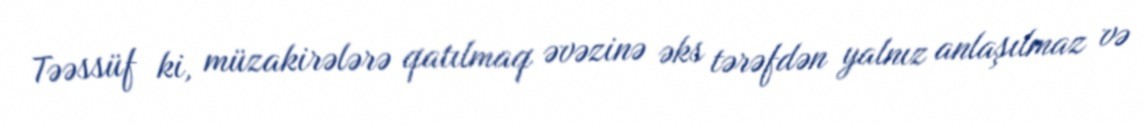
Təəssüf ki, müzakirələrə qatılmaq əvəzinə əks tərəfdən yalnız anlaşılmaz və